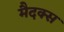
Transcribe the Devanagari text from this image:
मैदक्स